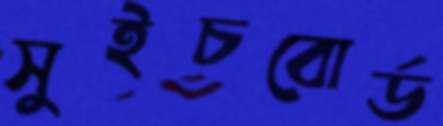
সুইচবোর্ড